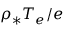
\rho _ { * } T _ { e } / e